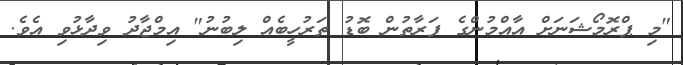
"މި ޕްރޮމޯޝަނަށް އާއްމުންގެ ފަރާތުން ބޮޑު ތަރުހީބެއް ލިބުނު" އިމްޖާދު ވިދާޅުވި އެވެ.